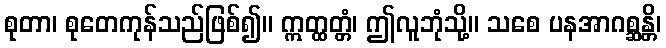
စုတာ၊ စုတေကုန်သည်ဖြစ်၍။ ဣတ္ထတ္တံ၊ ဤလူဘုံသို့။ သစေ ပနအာဂစ္ဆန္တိ၊